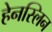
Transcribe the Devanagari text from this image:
हेनस्लिन